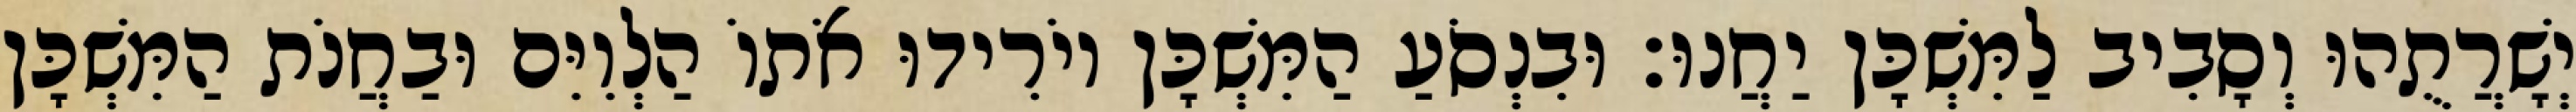
יְשָׁרֲתֻהוּ וְסָבִיב לַמִּשְׁכָּן יַחֲנוּ׃ וּבִנְסֹעַ הַמִּשְׁכָּן יוֹרִידוּ אֹתוֹ הַלְוִיִּם וּבַחֲנֹת הַמִּשְׁכָּן